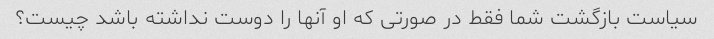
سیاست بازگشت شما فقط در صورتی که او آنها را دوست نداشته باشد چیست؟